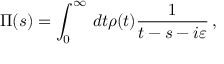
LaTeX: \Pi ( s ) = \int _ { 0 } ^ { \infty } \, d t \rho ( t ) \frac { 1 } { t - s - i \varepsilon } \, ,